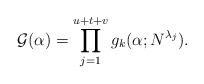
\begin{align*}\mathcal G(\alpha)=\prod_{j=1}^{u+t+v}g_k(\alpha; N^{\lambda_j}).\end{align*}